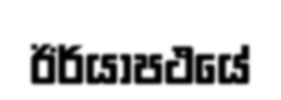
ඊර්යාපථයේ